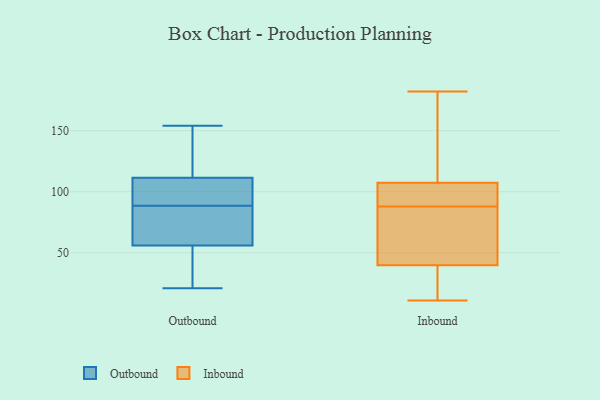
{"axis": {"x": "Page Views", "y": "Value"}, "legend": ["Inbound", "Outbound"], "data": [{"x": "", "y": 94, "type": "Outbound"}, {"x": "", "y": 27, "type": "Outbound"}, {"x": "", "y": 64, "type": "Outbound"}, {"x": "", "y": 128, "type": "Outbound"}, {"x": "", "y": 108, "type": "Outbound"}, {"x": "", "y": 21, "type": "Outbound"}, {"x": "", "y": 67, "type": "Outbound"}, {"x": "", "y": 48, "type": "Outbound"}, {"x": "", "y": 154, "type": "Outbound"}, {"x": "", "y": 115, "type": "Outbound"}, {"x": "", "y": 83, "type": "Outbound"}, {"x": "", "y": 108, "type": "Outbound"}, {"x": "", "y": 47, "type": "Inbound"}, {"x": "", "y": 102, "type": "Inbound"}, {"x": "", "y": 182, "type": "Inbound"}, {"x": "", "y": 11, "type": "Inbound"}, {"x": "", "y": 45, "type": "Inbound"}, {"x": "", "y": 20, "type": "Inbound"}, {"x": "", "y": 88, "type": "Inbound"}, {"x": "", "y": 109, "type": "Inbound"}, {"x": "", "y": 21, "type": "Inbound"}, {"x": "", "y": 109, "type": "Inbound"}, {"x": "", "y": 100, "type": "Inbound"}, {"x": "", "y": 98, "type": "Inbound"}, {"x": "", "y": 131, "type": "Inbound"}, {"x": "", "y": 39, "type": "Inbound"}, {"x": "", "y": 73, "type": "Inbound"}, {"x": "", "y": 94, "type": "Inbound"}, {"x": "", "y": 31, "type": "Inbound"}, {"x": "", "y": 118, "type": "Inbound"}, {"x": "", "y": 42, "type": "Inbound"}]}